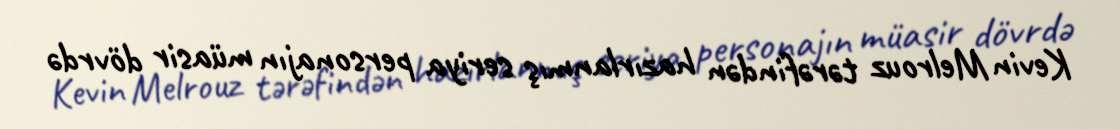
Kevin Melrouz tərəfindən hazırlanmış seriya personajın müasir dövrdə